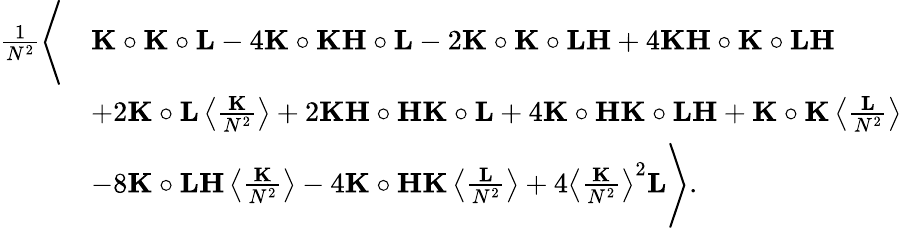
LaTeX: \begin{array}{rl}{\frac{1}{N^{2}}\Bigg\langle}&{\mathbf K\circ\mathbf K\circ\mathbf L-4\mathbf K\circ\mathbf K\mathbf H\circ\mathbf L-2\mathbf K\circ\mathbf K\circ\mathbf L\mathbf H+4\mathbf K\mathbf H\circ\mathbf K\circ\mathbf L\mathbf H}\\ &{+2\mathbf K\circ\mathbf L\left\langle\frac{\mathbf K}{N^{2}}\right\rangle+2\mathbf K\mathbf H\circ\mathbf H\mathbf K\circ\mathbf L+4\mathbf K\circ\mathbf H\mathbf K\circ\mathbf L\mathbf H+\mathbf K\circ\mathbf K\left\langle\frac{\mathbf L}{N^{2}}\right\rangle}\\ &{-8\mathbf K\circ\mathbf L\mathbf H\left\langle\frac{\mathbf K}{N^{2}}\right\rangle-4\mathbf K\circ\mathbf H\mathbf K\left\langle\frac{\mathbf L}{N^{2}}\right\rangle+4\left\langle\frac{\mathbf K}{N^{2}}\right\rangle^{2}\mathbf L\Bigg\rangle.}\end{array}